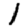
Digit: 1